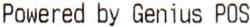
POWERED BY GENIUS POS